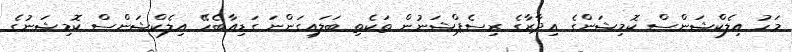
މަހު އިލެކްޝަންސް ކޮމިޝަންގެ އިދާރާގެ ރިސެޕްޝަނުން ތަކެތި ބަލައިގަންނަ ގަޑިއާބެހޭ އިލެކްޝަންސް ކޮމިޝަނުގެ